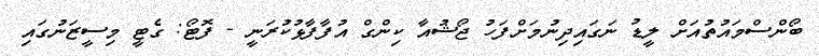
ބޯންސްމައުތުއަށް ލީޑު ނަގައިދިނުމަށްފަހު ޖޯޝުއާ ކިންގް އުފާފާޅުކުރަނީ - ފޮޓޯ: ގެޓީ މިސީޒަނުގައި